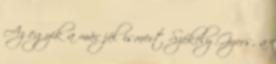
Az egyik a már jól ismert Székely Gyors, a